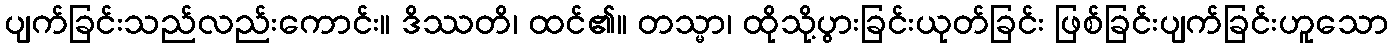
ပျက်ခြင်းသည်လည်းကောင်း။ ဒိဿတိ၊ ထင်၏။ တသ္မာ၊ ထိုသို့ပွားခြင်းယုတ်ခြင်း ဖြစ်ခြင်းပျက်ခြင်းဟူသော